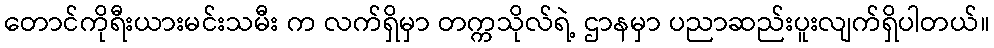
တောင်ကိုရီးယားမင်းသမီး က လက်ရှိမှာ တက္ကသိုလ်ရဲ့ ဌာနမှာ ပညာဆည်းပူးလျက်ရှိပါတယ်။